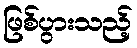
ဖြစ်ပွားသည့်